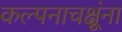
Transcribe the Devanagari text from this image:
कल्पनाचक्षूंना